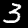
Digit: 3